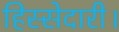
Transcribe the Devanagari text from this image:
हिस्सेदारी।